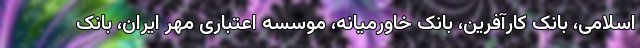
اسلامی، بانک کارآفرین، بانک خاورمیانه، موسسه اعتباری مهر ایران، بانک